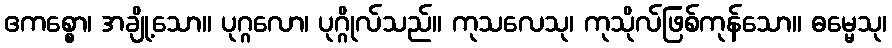
ဧကစ္စော၊ အချို့သော။ ပုဂ္ဂလော၊ ပုဂ္ဂိုလ်သည်။ ကုသလေသု၊ ကုသိုလ်ဖြစ်ကုန်သော။ ဓမ္မေသု၊